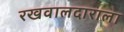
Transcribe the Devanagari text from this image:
रखवालदाराला